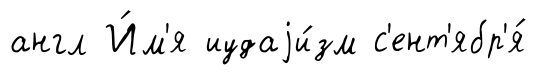
англ И́м'я иудаjи́зм с'ент'ябр'я́